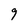
Character: 9